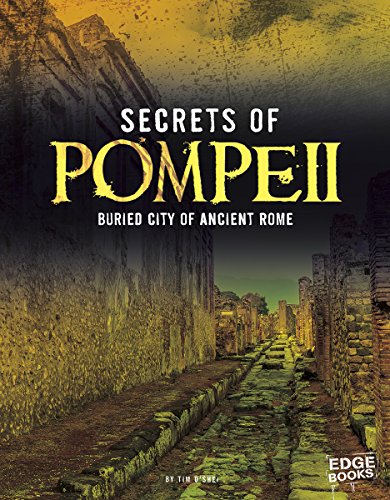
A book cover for Secrets of Pompeii: Buried City of Ancient Rome (Archaeological Mysteries); Tim O'Shei; Children's Books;